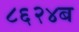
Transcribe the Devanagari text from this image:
८६२४ब